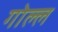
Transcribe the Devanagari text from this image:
गोल्ल